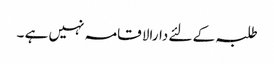
طلبہ کے لئے دارالا قامہ نہیں ہے ۔